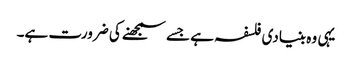
یہی وہ بنیادی فلسفہ ہے جسے سمجھنے کی ضرورت ہے۔